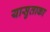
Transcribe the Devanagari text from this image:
यासुताका